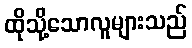
ထိုသို့သောလူများသည်